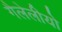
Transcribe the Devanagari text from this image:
गैलेलीयो